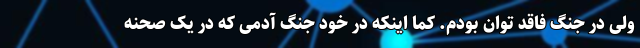
ولی در جنگ فاقد توان بودم. کما اینکه در خود جنگ آدمی که در یک صحنه